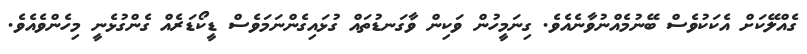
ގެއްލޭކަށް އެކަކުވެސް ބޭނުމެއްނުވާނެއެވެ. ގިނަމީހުން ވަކިން ވާގަނޑުތައް ގުޅައިގެންނަމަވެސް ޑީކޯޑަރެއް ގެންގުޅެނީ މިހެންވެއެވެ.